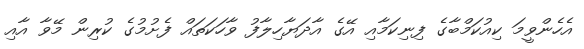
އެހެންވީމަ ކިއުކަމްބާގެ ފިނިކަމާއި އޭގެ އާދަޔާހިލާފު ވާހަކަތައް ފެށުމުގެ ކުރިން މޭވާ އާއި